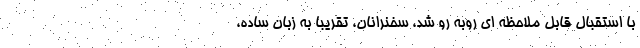
با استقبال قابل ملاحظه ای روبه رو شد، سخنرانان، تقریبا به زبان ساده،